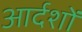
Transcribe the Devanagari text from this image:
आर्दशों